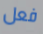
فعل